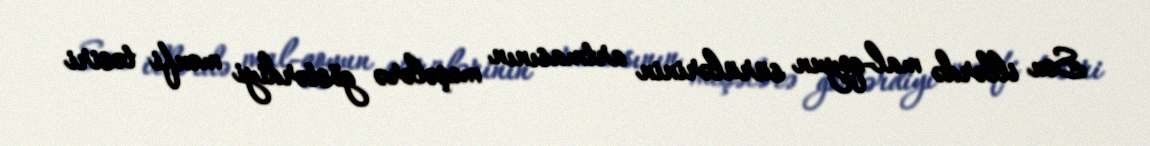
Son illərdə mal-qoyun sürülərinin artmasının meşələrə göstərdiyi mənfi təsiri